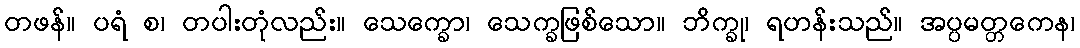
တဖန်။ ပရံ စ၊ တပါးတုံလည်း။ သေက္ခော၊ သေက္ခဖြစ်သော။ ဘိက္ခု၊ ရဟန်းသည်။ အပ္ပမတ္တကေန၊